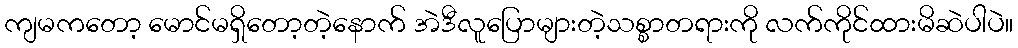
ကျမကတော့ မောင်မရှိတော့တဲ့နောက် အဲဒီလူပြောများတဲ့သစ္စာတရားကို လက်ကိုင်ထားမိဆဲပါပဲ။